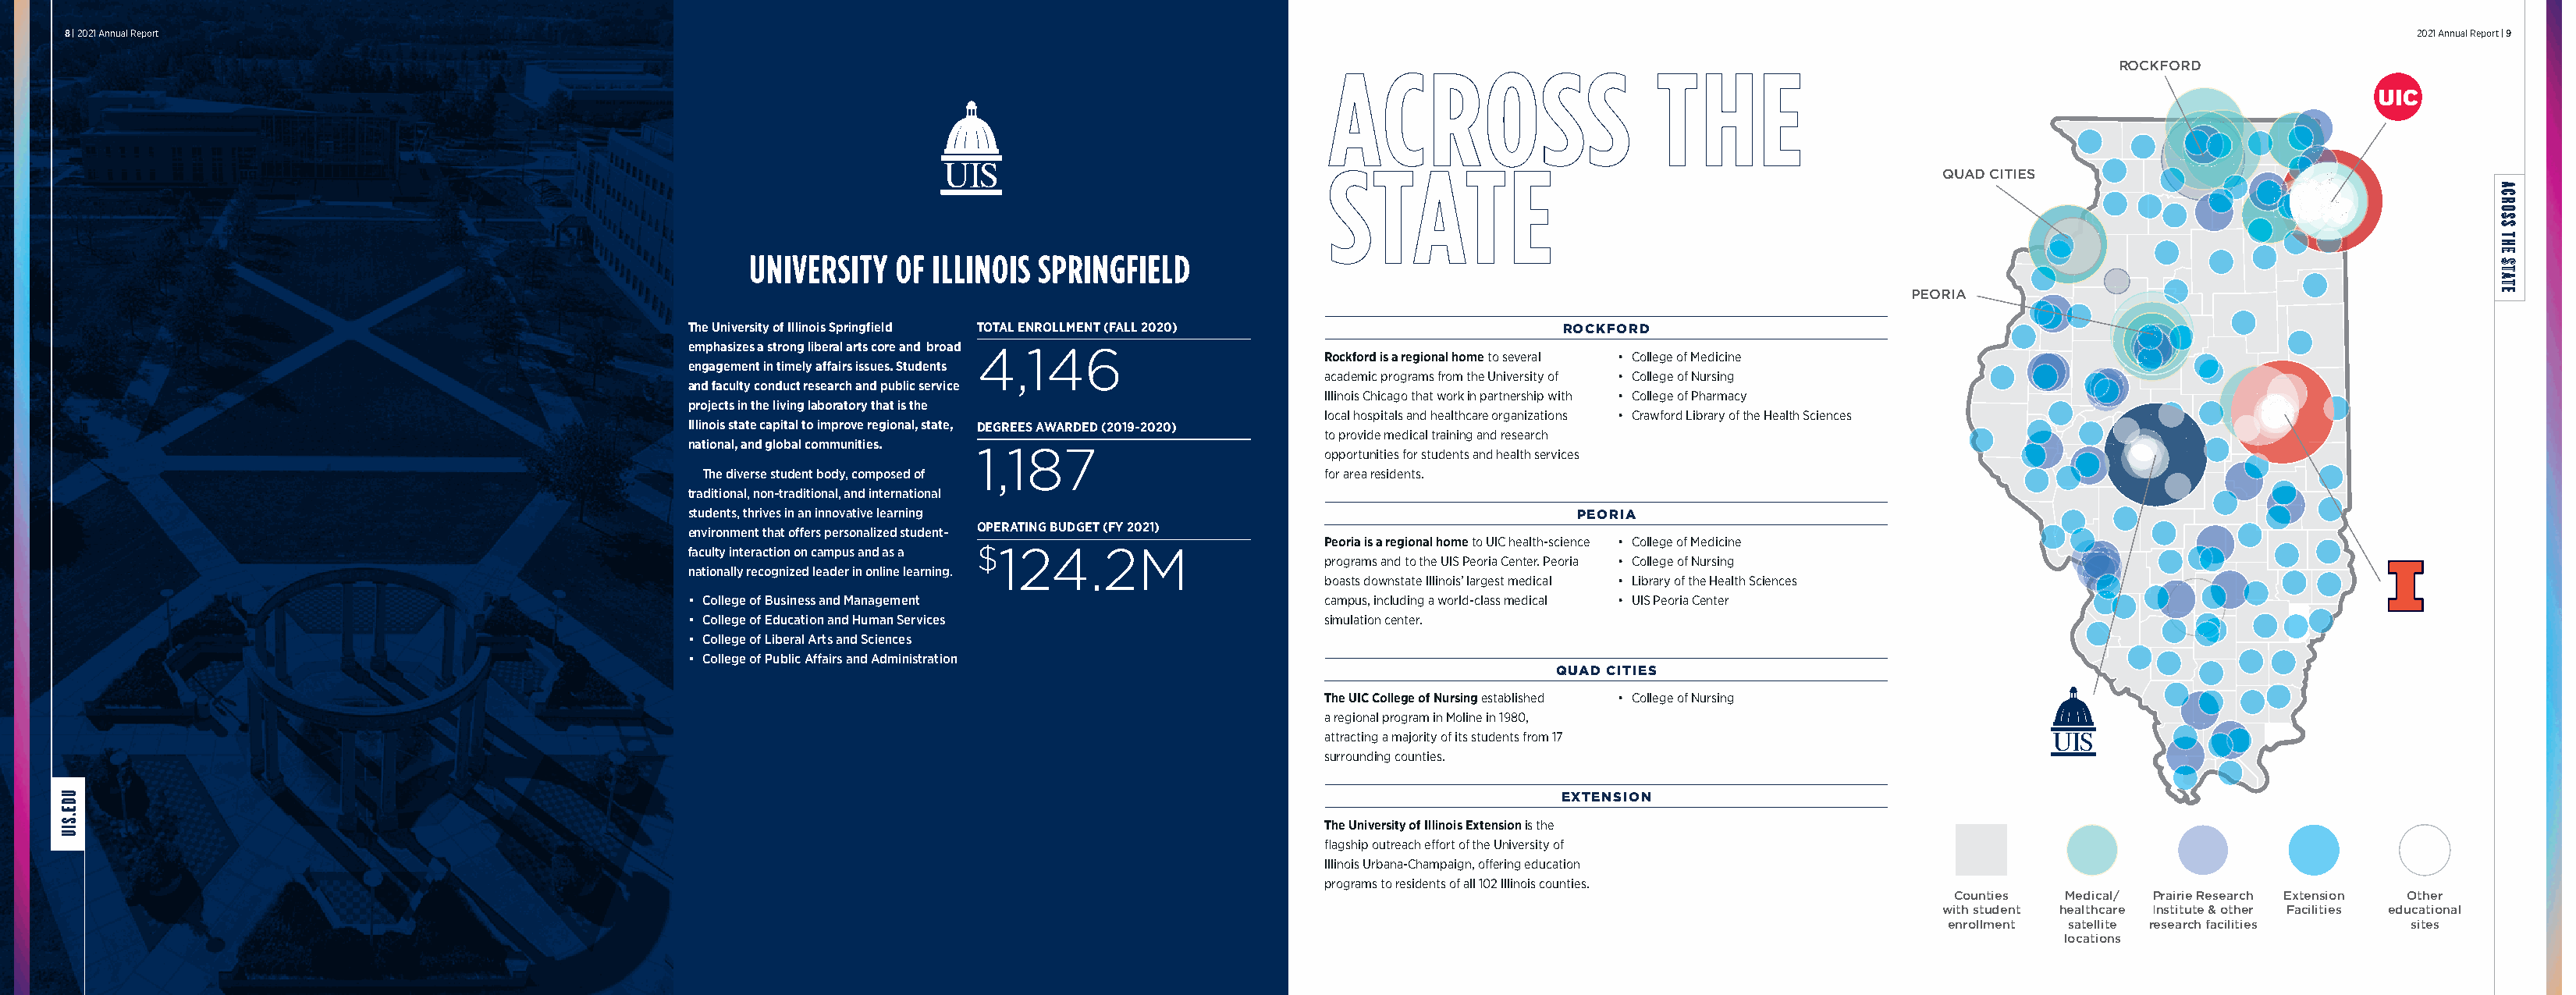
8 | 2021 Annual Report                                                                                                                                                                                  2021 Annual Report | 9
 ROCKFORD
 QUAD CITIES
 UNIVERSITY  OF ILLINOIS SPRINGFIELD
 PEORIA
 The University of Illinois Springfield TOTAL ENROLLMENT (FALL 2020)        ROCKFORD
 emphasizes a strong liberal arts core and broad 4,146
 Rockford is a regional home to several • College of Medicine
 engagement in timely affairs issues. Students
 academic programs from the University of • College of Nursing
 and faculty conduct research and public service
 Illinois Chicago that work in partnership with • College of Pharmacy
 projects in the living laboratory that is the
 local hospitals and healthcare organizations • Crawford Library of the Health Sciences
 Illinois state capital to improve regional, state, DEGREES AWARDED (2019-2020)
 to provide medical training and research
 national, and global communities.
 1,187                        opportunities for students and health services
 The diverse student body, composed of               for area residents.
 traditional, non-traditional, and international
 students, thrives in an innovative learning                                 PEORIA
 environment that offers personalized student- OPERATING BUDGET (FY 2021)
 Peoria is a regional home to UIC health-science • College of Medicine
 faculty interaction on campus and as a $124.2M
 programs and to the UIS Peoria Center. Peoria • College of Nursing
 nationally recognized leader in online learning.
 boasts downstate Illinois’ largest medical • Library of the Health Sciences
 • College of Business and Management                  campus, including a world-class medical • UIS Peoria Center
 • College of Education and Human Services             simulation center.
 • College of Liberal Arts and Sciences
 • College of Public Affairs and Administration
 QUAD CITIES
 The UIC College of Nursing established • College of Nursing
 a regional program in Moline in 1980,
 attracting a majority of its students from 17
 surrounding counties.
 EXTENSION
 The University of Illinois Extension is the
 flagship outreach effort of the University of
 Illinois Urbana-Champaign, offering education
 programs to residents of all 102 Illinois counties.
 Counties Medical/ Prairie Research Extension Other
 with student healthcare Institute & other Facilities educational
 enrollment satellite research facilities sites
 locations
 UDE.SIU
 ACROSS
 THE
 STATE